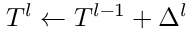
T ^ { l } \gets T ^ { l - 1 } + \Delta ^ { l }